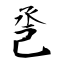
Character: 巹